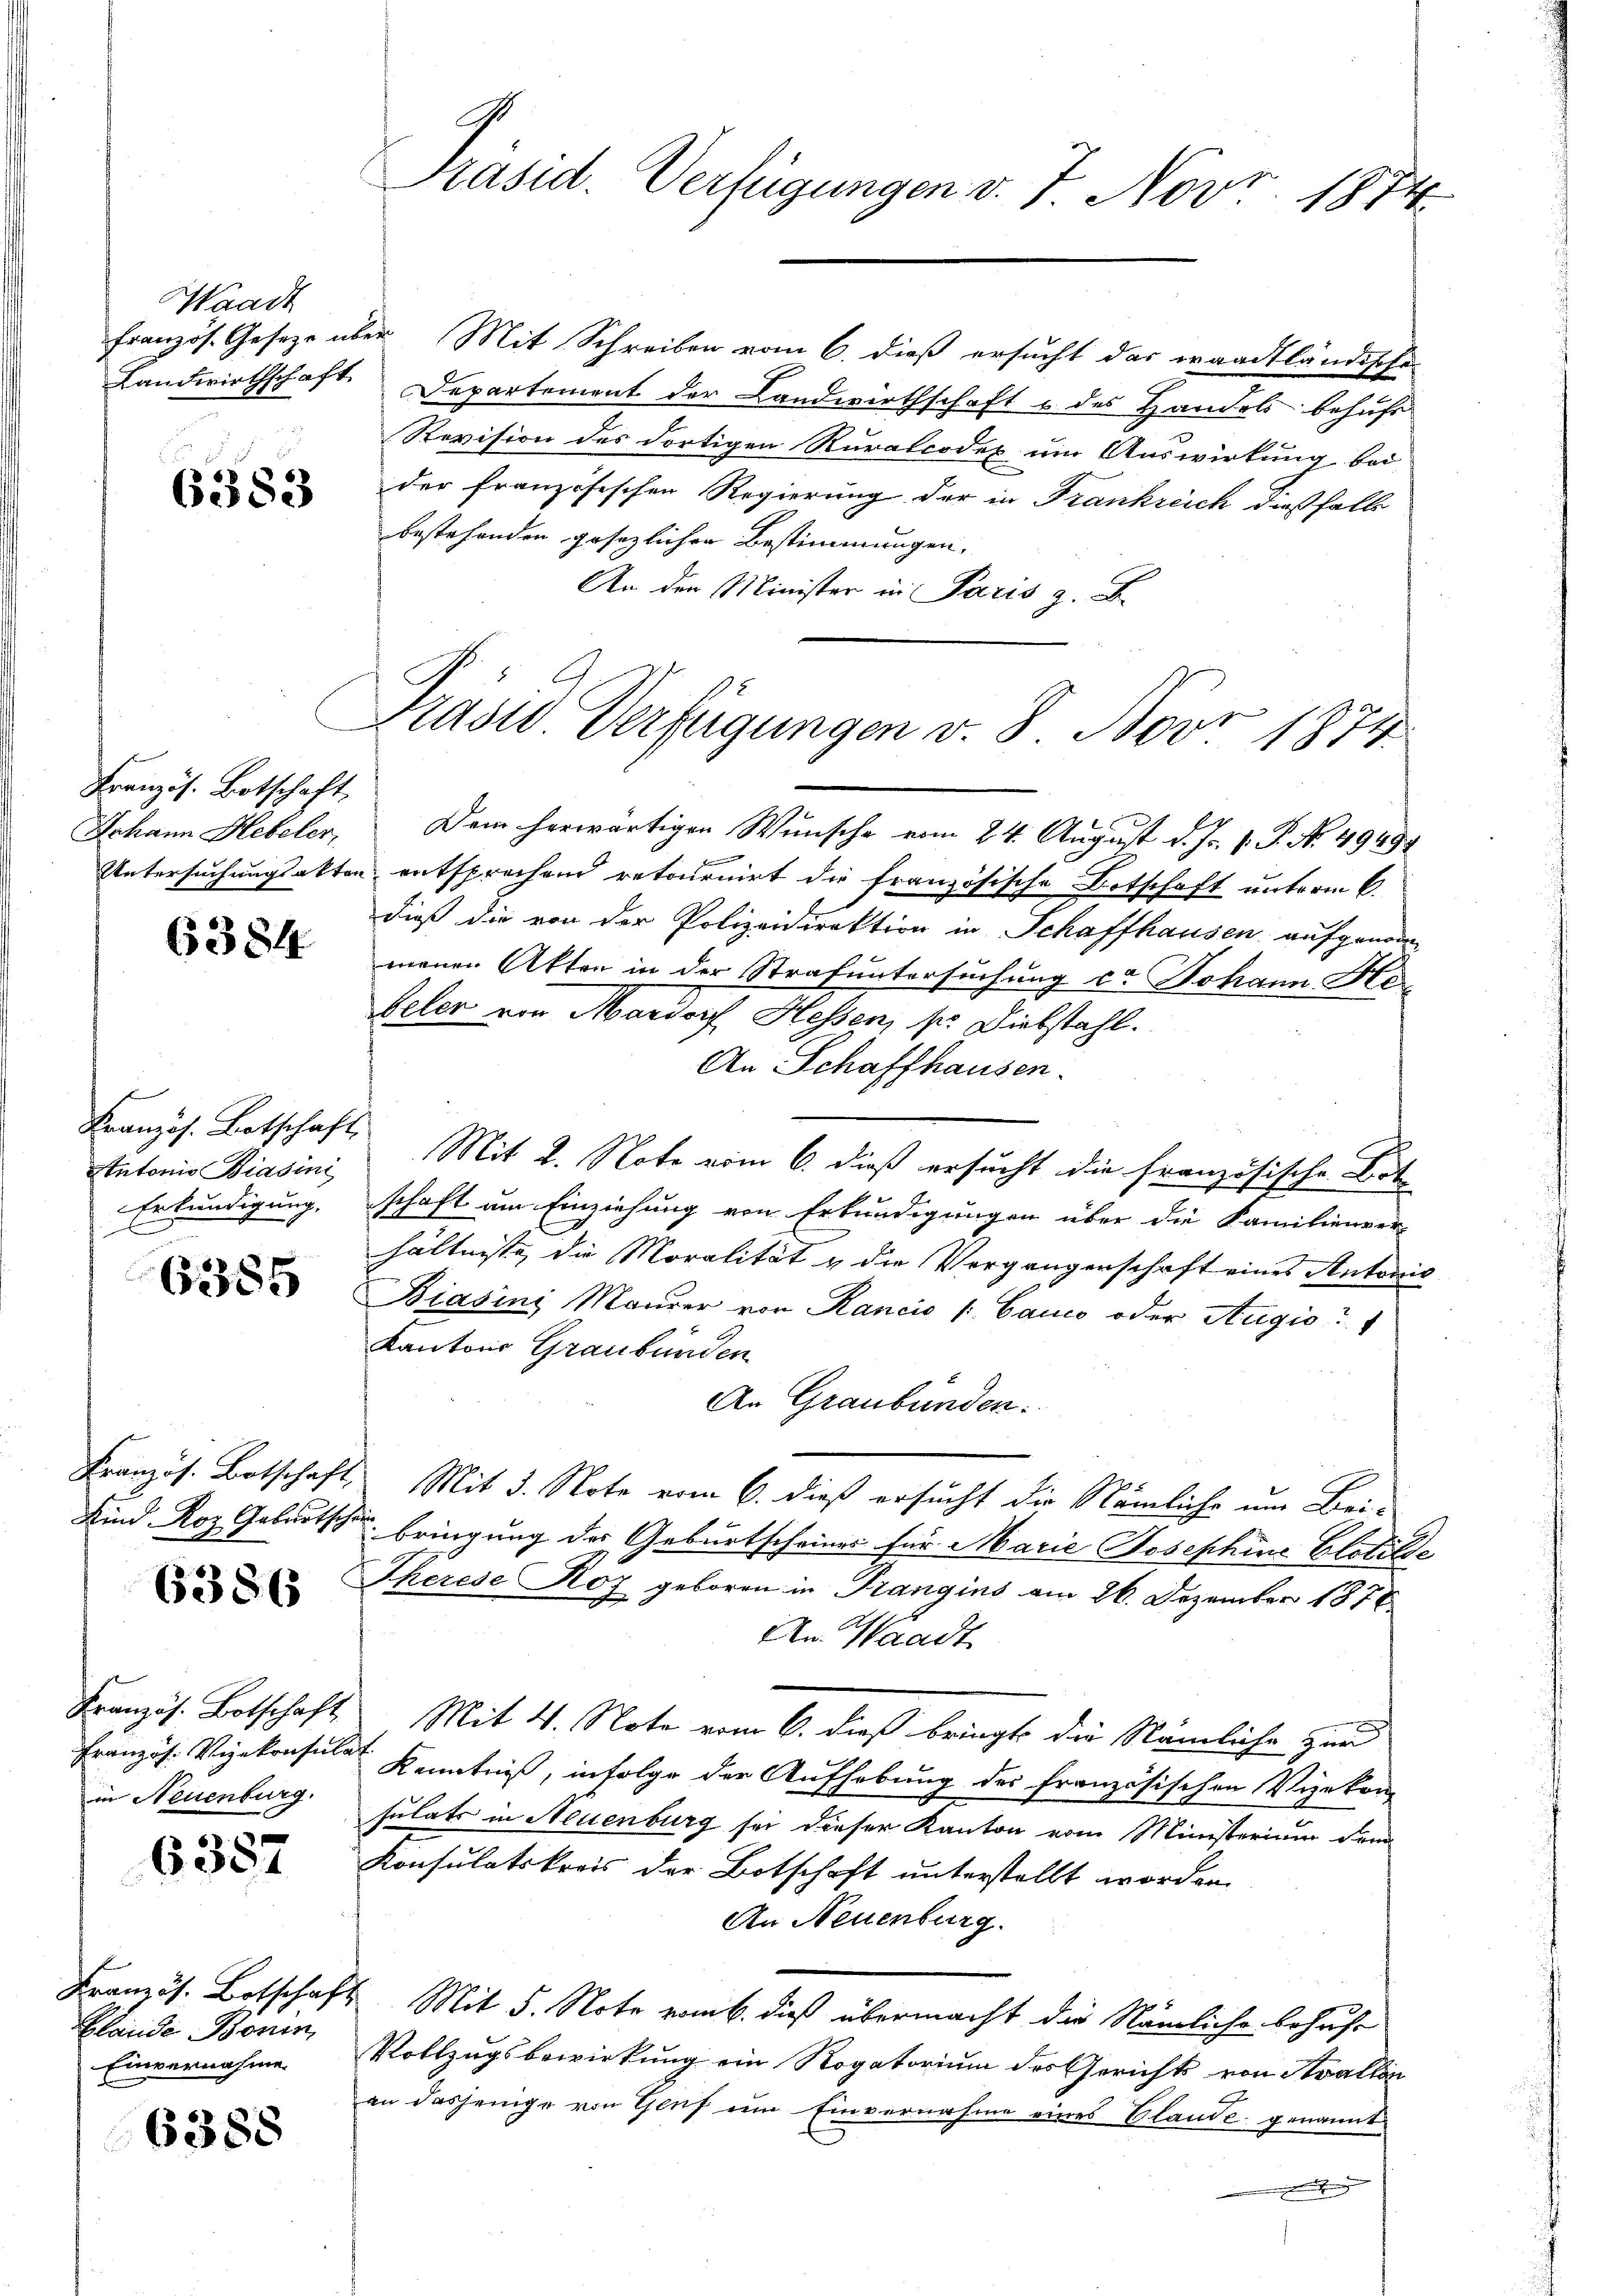
Waadt

6383

Französ. Botschaft.

6384

Französ. Botschaft,
Antonio Biasini
Erkundigung.

6355

Kind Roz Gebautscha

6386

in Neuenburg.

6357

Blande Bonin
Einvernahme

6388

Präsid. Verfügungen v. 7. Nov. 1874

Französ. Geseze über Mit Schreiben vom 6. dieß ersucht das waadtländische
Landwirthschaft. Departement der Landwirthschaft u des Handels behufe
Revision des dortigen Ruralcodex um Auswirkung bei
der französischen Regierung der in Frankreich dießfall
bestehenden gesezlicher Bestimmungen,
An den Minister in Paris z. B.
Johann Hebeler, Dem herwärtigen Wunsche vom 24. August d. Js. v. J. No. 4949
Untersuchungsakten entsprechend retournirt die französische Botschaft unterm 6.
dieß die von der Polizeidirektion in Schaffhausen aufgenom-
menen Akten in der Strafuntersuchung er Johann No
Veler von Mardorf, Hessen, s. Diebstahl.
An Schaffhausen.
Mit 2. Note vom 6. dieß ersucht die französische Bot
schaft um Einziehung von Erkundigungen über die Familienver-
hältnisse die Moralität & die Vergangenschaft eines Autoris
Biasini Maurer von Rancis /: Canco oder Augio
Kantons Graubünden
An Graubünden.
Französ. Botschaft, Mit 3. Note vom 6. dieß ersucht die Nämliche um Bei-
bringung des Geburtscheines für Marie Josephine Elotilde
Therese Roz geboren in Trangins am 26. Dezember 1876
An Waadt
Kranzös. Botschaft Mit 4. Note vom 6. dieß bringt die Nämliche zur
Französ. Vizekonsul Kenntniß, infolge der Aufhebung des französischen Vizekon
sulats in Neuenburg sei dieser Kanton vom Ministerium dem
Konsulatskreis der Botschaft unterstellt worden.
An Neuenburg.
Französ. Botschaft Mit 5. Note vom 6. dieß übermacht die Nämliche behuf
Vollzugsbewirkung ein Rogatorium des Gerichts von Avallen
an dasjenige von Genf um Einvernahme eines Blande genannt
e

Präsid Verfügungen v. 8. Nov. 1874